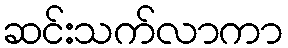
ဆင်းသက်လာကာ